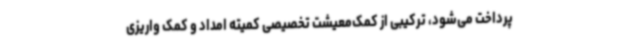
پرداخت می‌شود، ترکیبی از کمک‌معیشت تخصیصی کمیته امداد و کمک واریزی